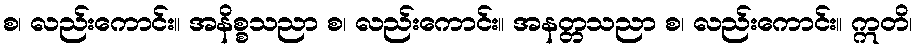
စ၊ လည်းကောင်း။ အနိစ္စသညာ စ၊ လည်းကောင်း။ အနတ္တသညာ စ၊ လည်းကောင်း။ ဣတိ၊